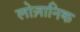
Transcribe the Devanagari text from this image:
लोज़ानिक